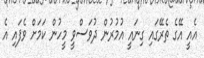
އެއީ އޭގެ ތެރޭގައި ގިނައީ އުމުރުން ދުވަސްވީ މީހުން ކަމަށް ވެފައި އެ